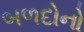
બળદોનો